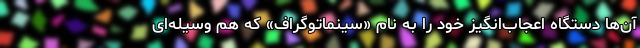
آن‌ها دستگاه اعجاب‌انگیز خود را به نام «سینماتوگراف» که هم وسیله‌ای